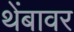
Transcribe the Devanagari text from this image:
थेंबावर